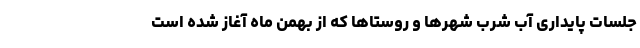
جلسات پایداری آب شرب شهرها و روستاها که از بهمن ماه آغاز شده است